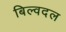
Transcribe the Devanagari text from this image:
बिल्वदल